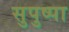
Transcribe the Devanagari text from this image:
सुपुष्पा